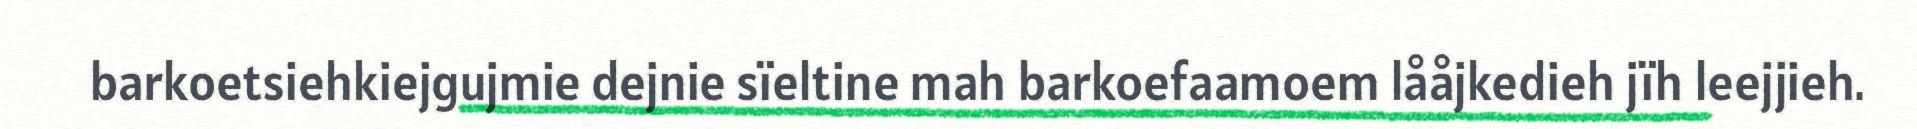
barkoetsiehkiejgujmie dejnie sïeltine mah barkoefaamoem lååjkedieh jïh leejjieh.